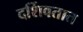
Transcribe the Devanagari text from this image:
दर्शिवतात